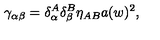
\gamma _ { \alpha \beta } = \delta _ { \alpha } ^ { A } \delta _ { \beta } ^ { B } \eta _ { A B } a ( w ) ^ { 2 } ,